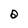
Character: O